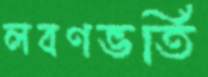
লবণভর্তি